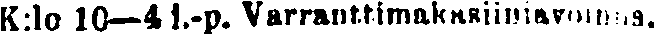
K:lo 10—4 i.-p. Varranttimakasiiniavoinna.